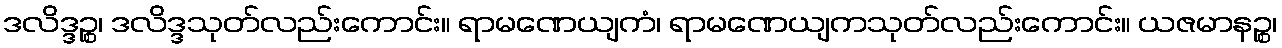
ဒလိဒ္ဒဉ္စ၊ ဒလိဒ္ဒသုတ်လည်းကောင်း။ ရာမဏေယျကံ၊ ရာမဏေယျကသုတ်လည်းကောင်း။ ယဇမာနဉ္စ၊